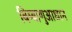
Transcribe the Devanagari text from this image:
बिम्बाणुआधान